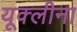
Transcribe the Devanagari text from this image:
यूक्लीना